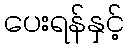
ပေးရန်နှင့်